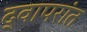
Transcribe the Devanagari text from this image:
द्वापरांत